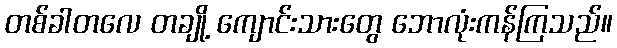
တစ်ခါတလေ တချို့ ကျောင်းသားတွေ ဘောလုံးကန်ကြသည်။